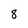
Character: 8